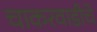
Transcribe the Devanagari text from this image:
चाकरवाडीचे